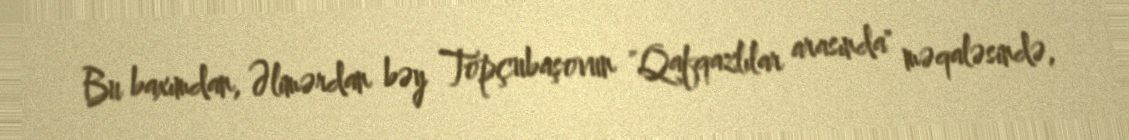
Bu baxımdan, Əlimərdan bəy Topçubaşovun "Qafqazlılar arasında" məqaləsində,